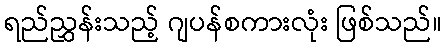
ရည်ညွှန်းသည့် ဂျပန်စကားလုံး ဖြစ်သည်။